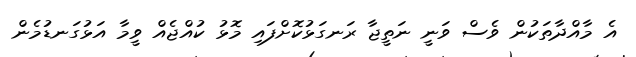
އެ މާއްދާތަކުން ވެސް ވަނީ ނަތީޖާ ރަނގަޅުކޮށްފައި މޮޅު ކުއްޖެއް ވީމާ އަޅުގަނޑުމެން